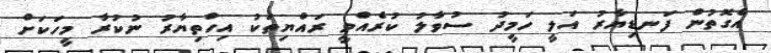
އެގޮތުން ފަނޑިޔާރު އަލީ ހަމީދު ސުވާލު ކުރެއްވީ ރައްޔިތަކު އިހްތިޔާރު ނުކުރާ މީހަކަށް